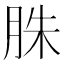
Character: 䏭